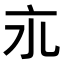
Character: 𬽃